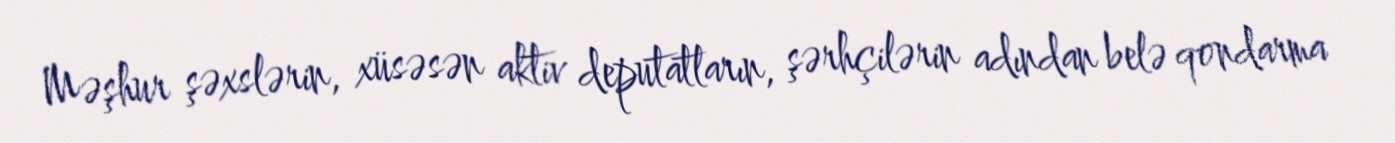
Məşhur şəxslərin, xüsəsən aktiv deputatların, şərhçilərin adından belə qondarma